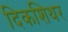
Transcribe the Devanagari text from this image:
दिकशिथर